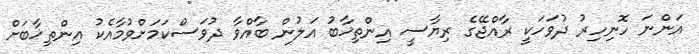
އަންނަ ހޮނިހިރު ދުވަހަކީ ރާއްޖޭގެ ރިޔާސީ އިންތިޚާބު އަލުން ބާއްވާ ދުވަސްކަމަށްވުމާއެކު އިންތިޚާބަށް